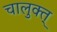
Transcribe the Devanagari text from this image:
चालुक्त्